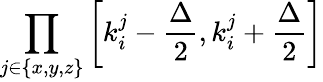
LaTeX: \prod_{j\in\{ x,y,z\} }{\left[k_{i}^{j}-\frac{\Delta}{2},k_{i}^{j}+\frac{\Delta}{2}\right]}